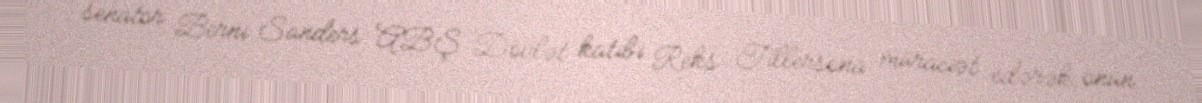
senator Berni Sanders ABŞ Dövlət katibi Reks Tillersona müraciət edərək, onun